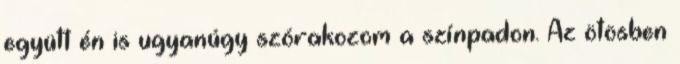
együtt én is ugyanúgy szórakozom a színpadon. Az ötösben